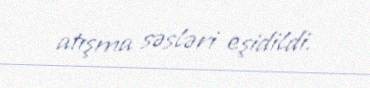
atışma səsləri eşidildi.